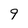
Character: 9